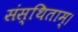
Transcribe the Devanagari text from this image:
संस्थिताम्‌।